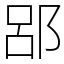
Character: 郘